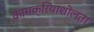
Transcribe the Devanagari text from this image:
कामक्रियाशीलता